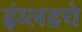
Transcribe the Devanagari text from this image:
इंग्लडचे